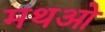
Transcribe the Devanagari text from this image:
मथओ